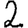
Digit: 2